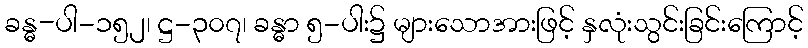
ခန္ဓ-ပါ-၁၅၂၊ ဋ္ဌ-၃၀၇၊ ခန္ဓာ ၅-ပါး၌ များသောအားဖြင့် နှလုံးသွင်းခြင်းကြောင့်